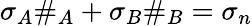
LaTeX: \sigma_{A}\# _{A}+\sigma_{B}\# _{B}=\sigma_{n}